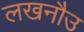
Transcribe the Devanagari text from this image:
लखनौउ